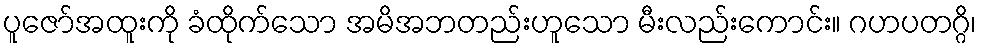
ပူဇော်အထူးကို ခံထိုက်သော အမိအဘတည်းဟူသော မီးလည်းကောင်း။ ဂဟပတဂ္ဂိ၊